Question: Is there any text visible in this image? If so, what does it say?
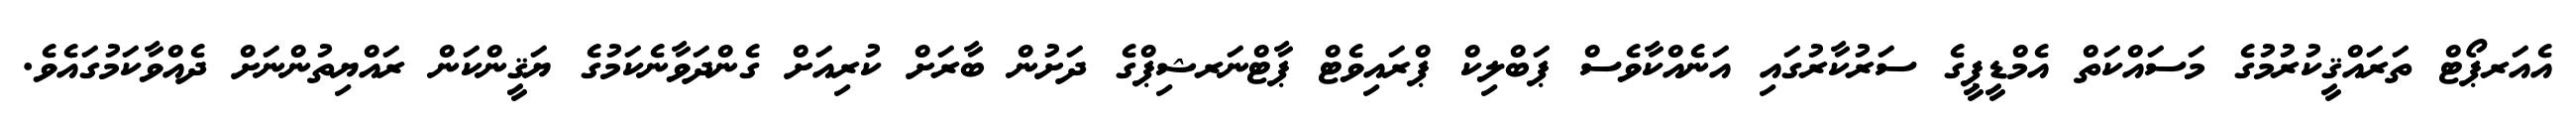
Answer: އެއަރޕޯޓް ތަރައްޤީކުރުމުގެ މަސައްކަތް އެމްޑީޕީގެ ސަރުކާރުގައި އަނެއްކާވެސް ޕަބްލިކް ޕްރައިވެޓް ޕާޓްނަރޝިޕްގެ ދަށުން ބާރަށް ކުރިއަށް ގެންދަވާނެކަމުގެ ޔަޤީންކަން ރައްޔިތުންނަށް ދެއްވާކަމުގައެވެ.